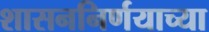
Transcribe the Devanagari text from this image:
शासननिर्णयाच्या